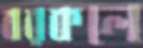
বরকলে